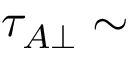
\tau _ { A \perp } \sim